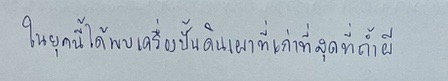
ในยุคนี้ได้พบเครื่องปั้นดินเผาที่เก่าที่สุดที่ถ้ำผี